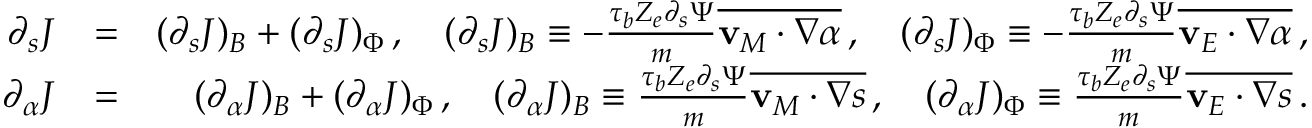
\begin{array} { r l r } { \partial _ { s } J } & { = } & { ( \partial _ { s } J ) _ { B } + ( \partial _ { s } J ) _ { \Phi } \, , \quad ( \partial _ { s } J ) _ { B } \equiv - \frac { \tau _ { b } Z _ { e } \partial _ { s } \Psi } { m } \overline { { \mathbf { v } _ { M } \cdot \nabla \alpha } } \, , \quad ( \partial _ { s } J ) _ { \Phi } \equiv - \frac { \tau _ { b } Z _ { e } \partial _ { s } \Psi } { m } \overline { { \mathbf { v } _ { E } \cdot \nabla \alpha } } \, , } \\ { \partial _ { \alpha } J } & { = } & { ( \partial _ { \alpha } J ) _ { B } + ( \partial _ { \alpha } J ) _ { \Phi } \, , \quad ( \partial _ { \alpha } J ) _ { B } \equiv \frac { \tau _ { b } Z _ { e } \partial _ { s } \Psi } { m } \overline { { \mathbf { v } _ { M } \cdot \nabla s } } \, , \quad ( \partial _ { \alpha } J ) _ { \Phi } \equiv \frac { \tau _ { b } Z _ { e } \partial _ { s } \Psi } { m } \overline { { \mathbf { v } _ { E } \cdot \nabla s } } \, . } \end{array}